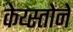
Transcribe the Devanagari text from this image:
केय्स्तोने